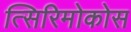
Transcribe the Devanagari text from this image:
त्सिरिमोकोस